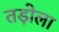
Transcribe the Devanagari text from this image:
तड़ोला